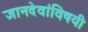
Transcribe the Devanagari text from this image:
ज्ञानदेवांविषयी